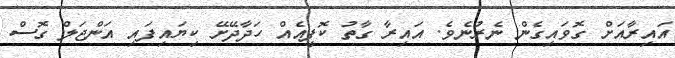
އައިރާއަށް ގޮވައިގެން ނެރުނެވެ. އައިރާ ގާތު ކޮފީއެއް ހަދާދޭށޭ ކިޔައިފައި އަންޖަލް ގޮސް